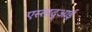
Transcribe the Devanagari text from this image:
एस्तादुआई